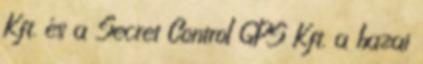
Kft. és a Secret Control GPS Kft. a hazai